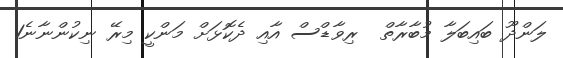
ލަންދޫ ބައިބަލާ މުބާރާތް  ރިވާޑްސް އާއި ދެކޮޅަށް މަންކީ މިރޭ ނިކުންނާނެ1